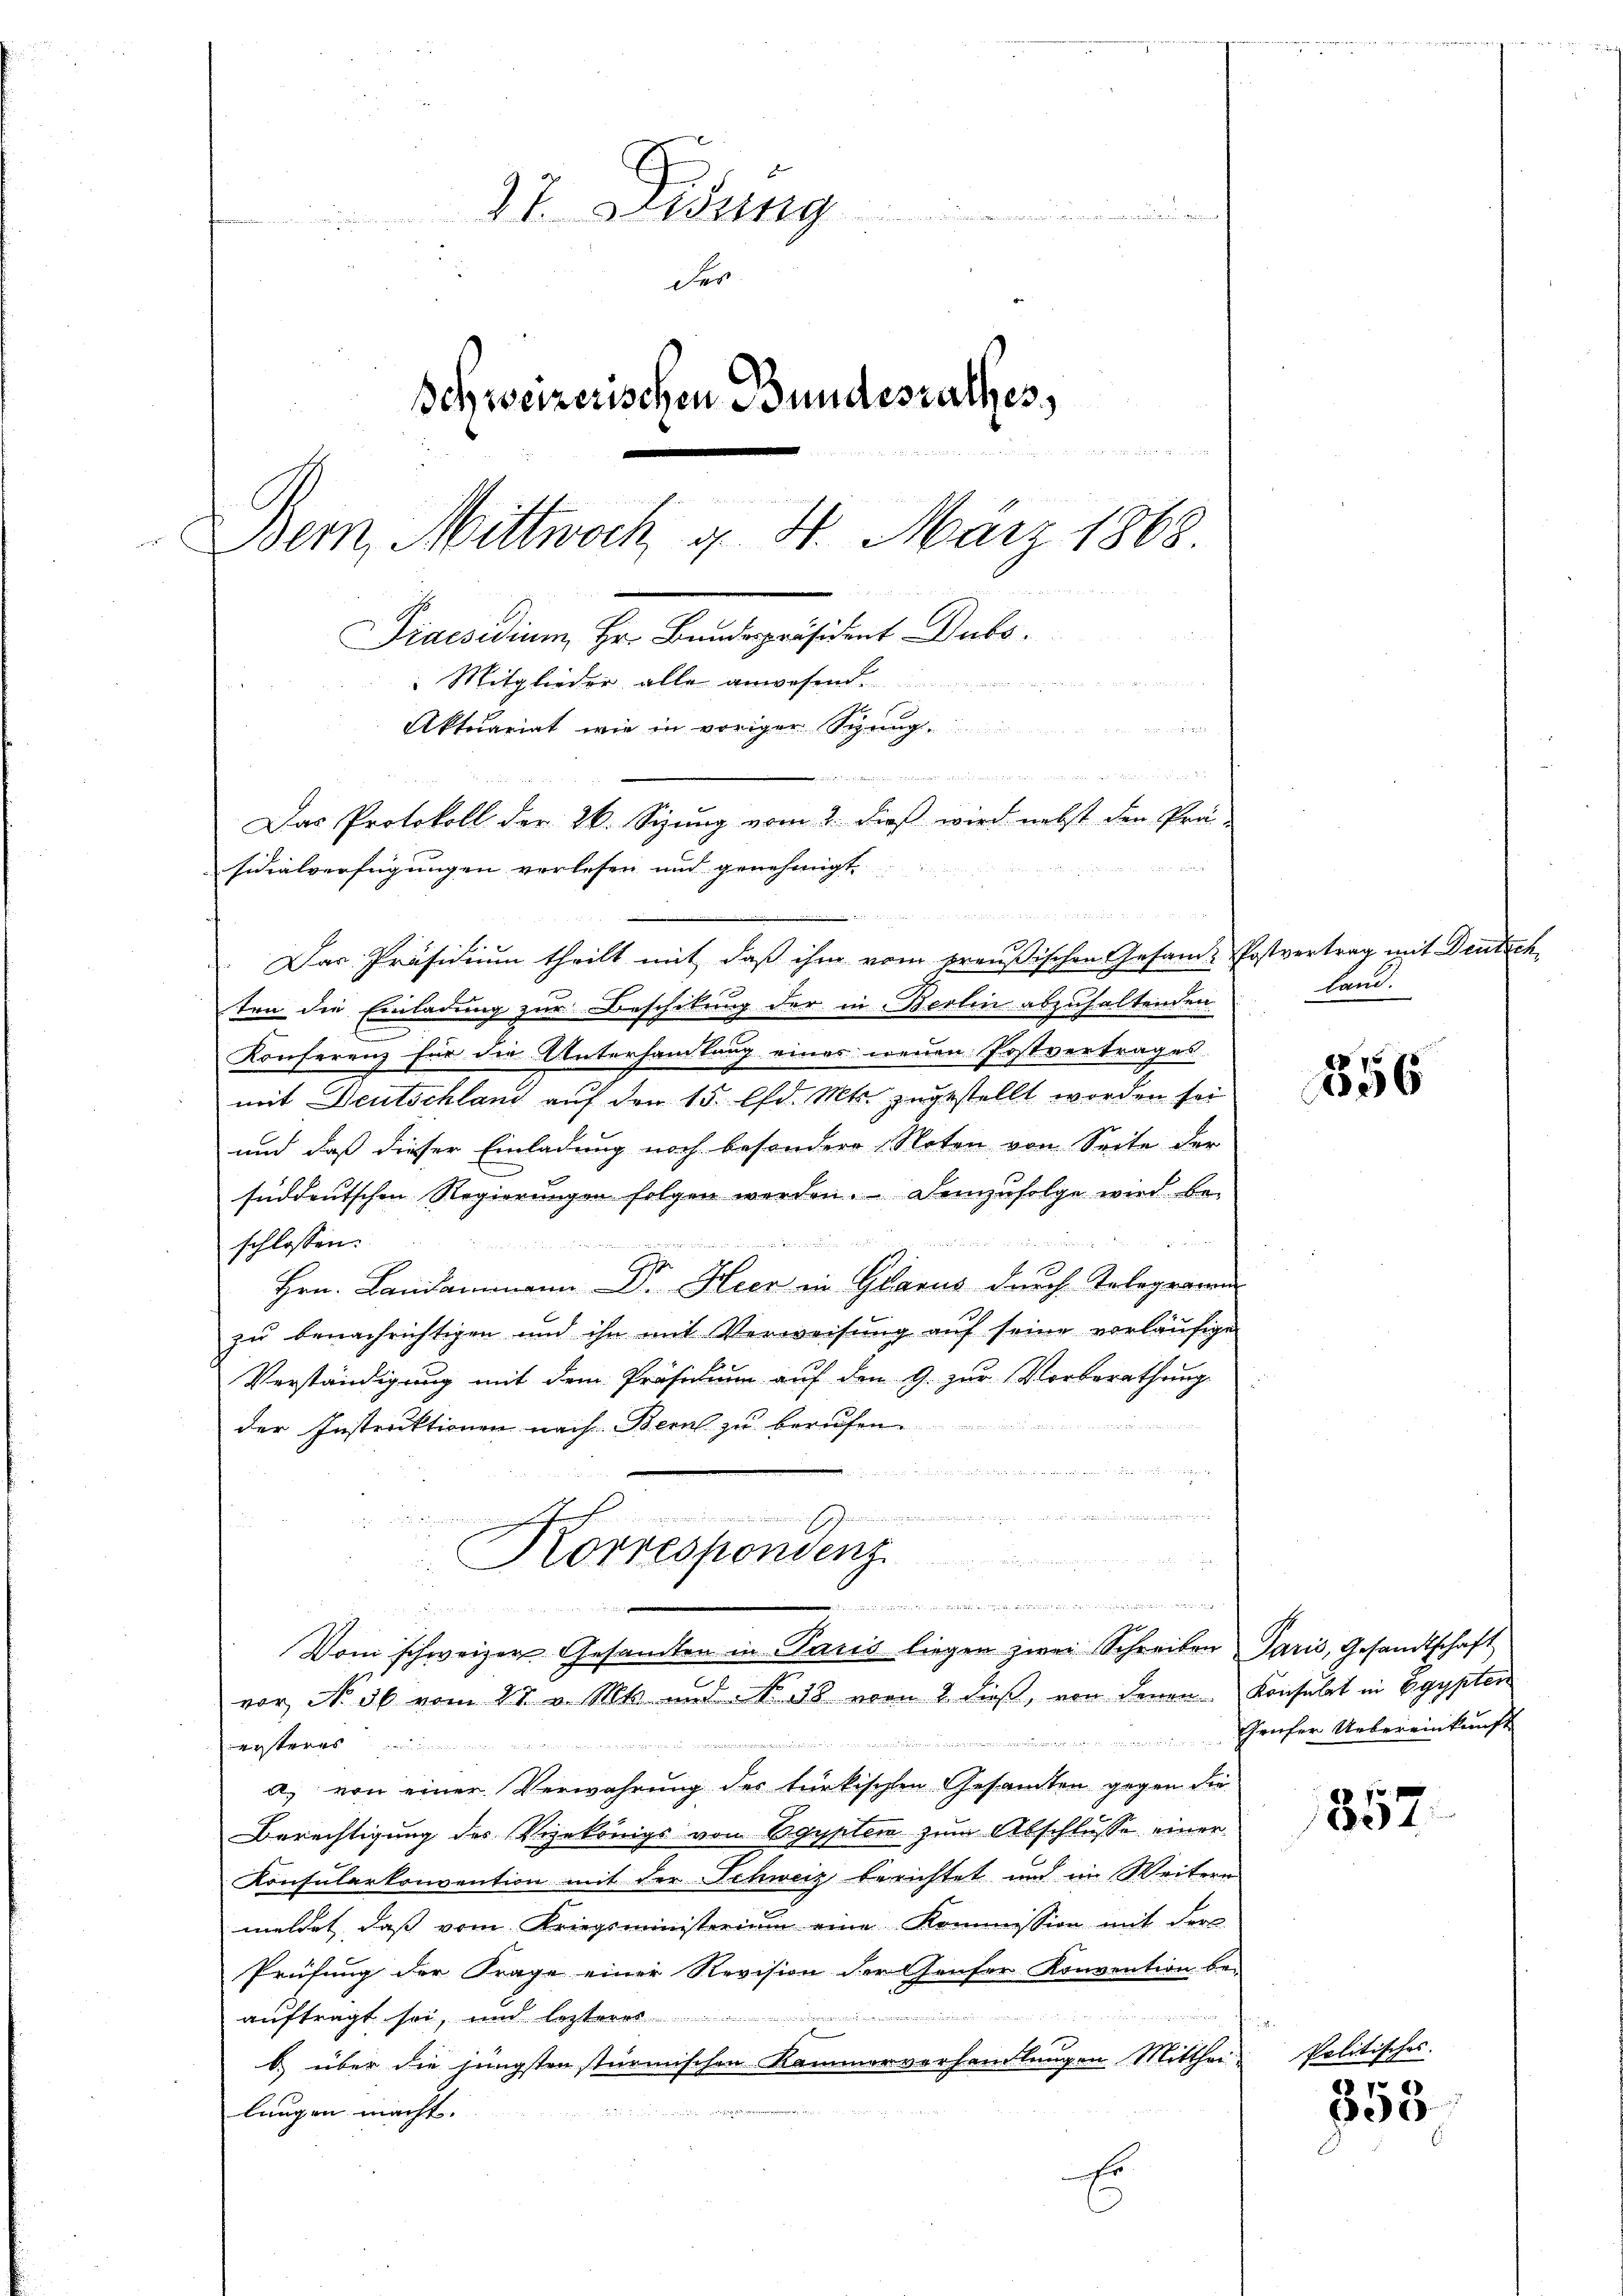
2t. Mitg
der
Schweizerischen Bundesrathes,

Bern, Mittwoch, d. 4. März 1868
n
Praesidium Hr. Fendepräsident Dubs.
: Mitglieder alle anwesen.
 und des
Aktuariat wie in voriger Spring

Das Protokoll der 26. Sizung vom 2. dieß wird nebst den Prä-
sidialverfügungen verlesen und genehmigt

Das Präsidium theilt mit, daß ihm vom preußischen Gesam-Postvertrag mit Deutsch
ten die Einladung zur Beschikung der in Berlin abzuhaltenden
Konferenz für die Untersamlung eines neuen Postvertrages
mit Deutschland auf den 15. lfd. Mts. zugestellt worden sei
und daß dieser Einladung noch besondere Noten von Seite der
süddeutschen Regierŭngen folgen werden. Demzufolge wird be-
 2 von
schlossen:
Hrn. Landammann Dr. Heer in Glarus durch Telegramm
zu benachrichtigen und ihn mit Verweisŭng aŭf seine vorläŭfige
Verständigung mit dem Präsidium auf den 9. zur Vorberathung
2
der Instruktionen nach Bern zu berufen
ie bei den den sie das ein das Betract in ein werdente
.
e

Korrespondenz
 en jeden sind der
.
Vom schweizer Gesandten in Paris liegen zwei Schreiben Paris, Gesandtschaft
vor No 56 vom 27. v. Mts. und No 38 von 8 dieß, von denen Konsulat in Egypten
rer Uebereinkunft
ersteres
a. von einer Verwahrung des türkischen Gesandten gegen die
Berechtigung des Vizekönigs von Egypten zum Abschlusse einer
Konsularkonvention mit der Schweiz berichtet und im Weitern
meldet, dass vom Kriegsministerium eine Kommission mit der
Prüfung der Frage einer Revision der Genfer Konvention be-

auftragt sei, und lezteres
b.) über die jüngsten stürmischen Kammerverhandlungen Mittheilangen macht.
E

erinne neuen

land.

856

857.

Politisches

858